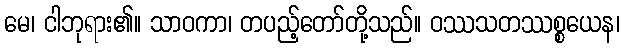
မေ၊ ငါဘုရား၏။ သာဝကာ၊ တပည့်တော်တို့သည်။ ဝဿသတဿစ္စယေန၊